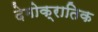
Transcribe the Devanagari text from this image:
देमोक्रातिक